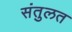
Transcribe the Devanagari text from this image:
संतुलत